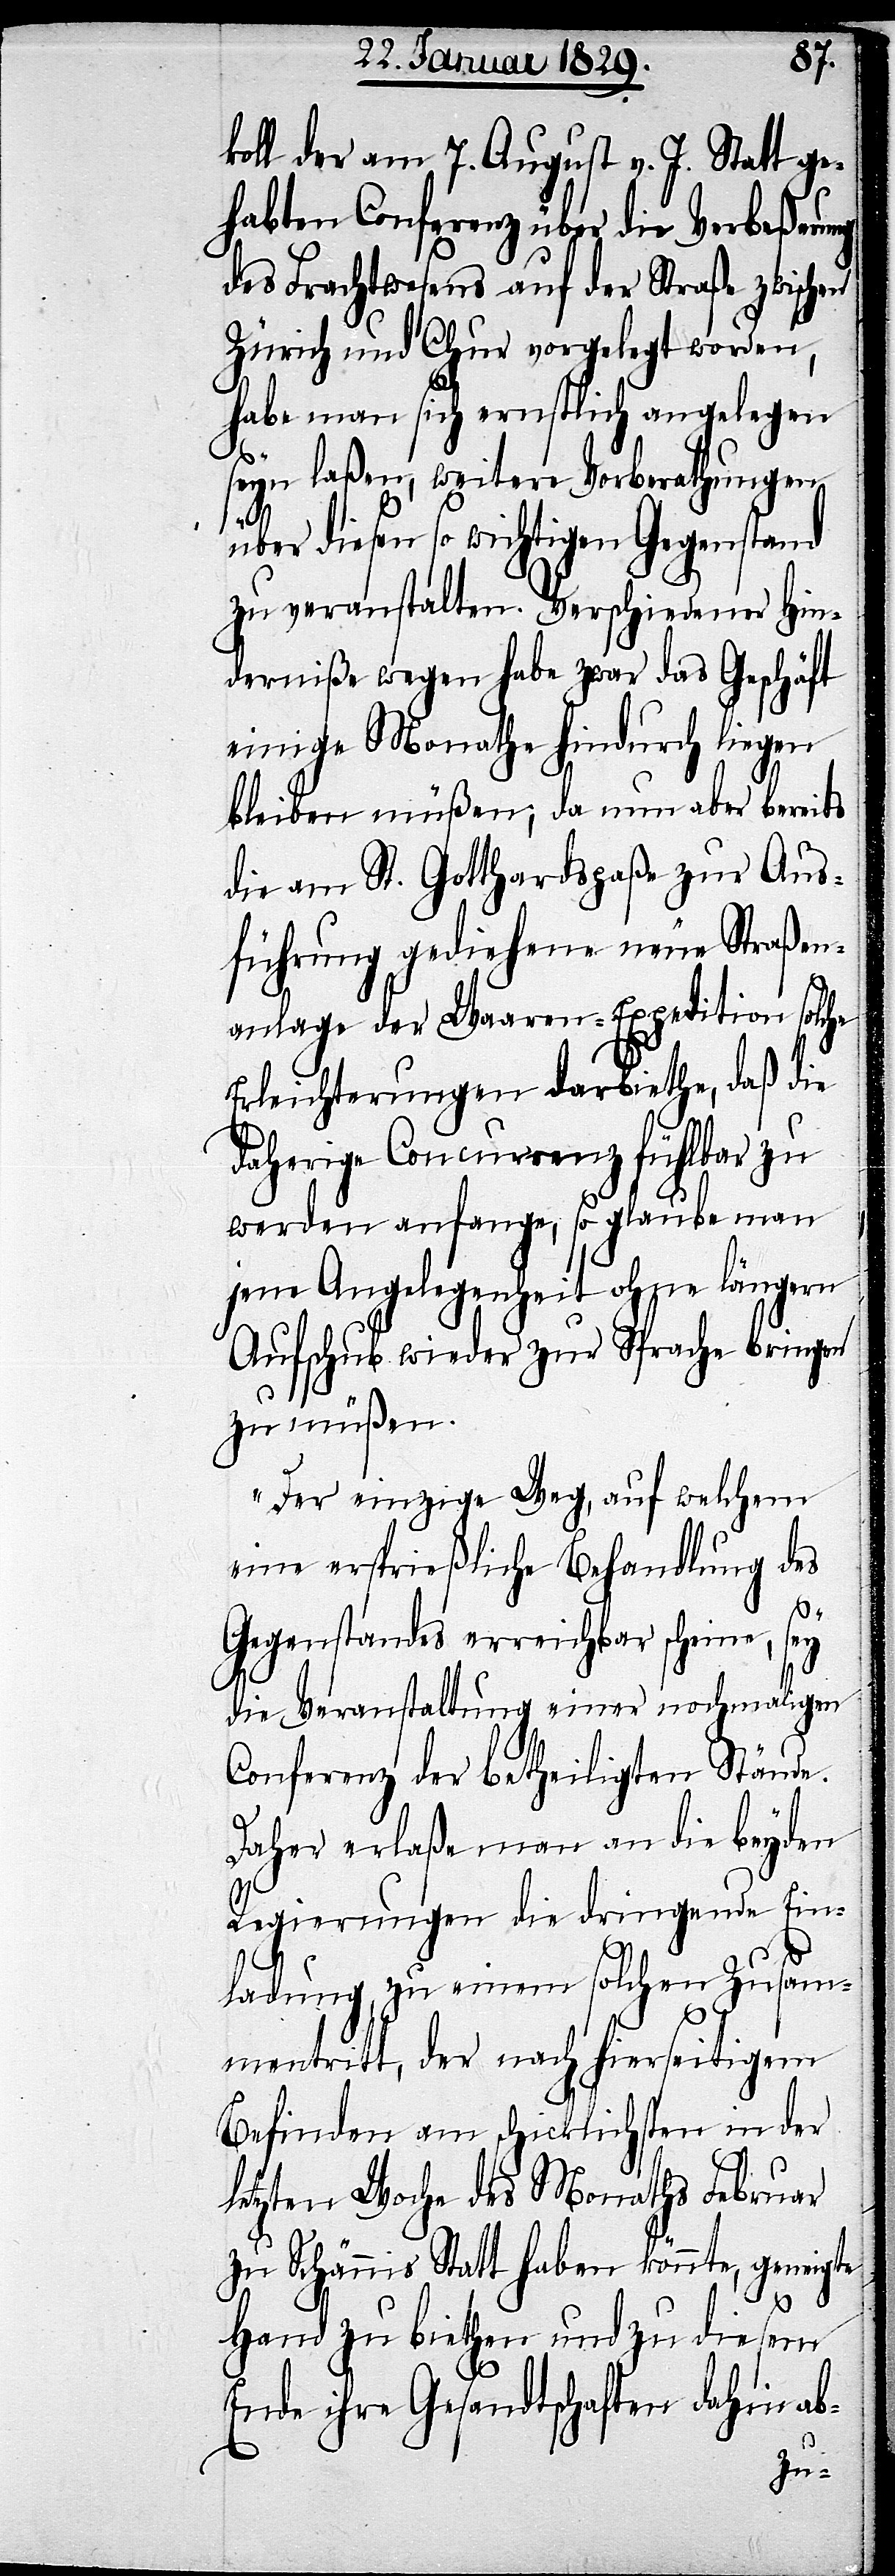
koll der am 7. August v. J. Statt ge¬
habten Conferenz über die Verbeßerung
des Frachtwesens auf der Straße zwischen
Zürich und Chur vorgelegt worden,
habe man sich ernstlich angelegen
seyn laßen, weitere Vorberathungen
diesen so wichtigen Gegenstand
zu veranstalten. Verschiedener Hin¬
derniße wegen habe zwar das Geschäft
einige Monathe hindurch liegen
bleiben müßen; da nun aber bereits
die am St. Gotthardspaße zur Aus¬
führung gediehene neue Straßen¬
anlage der Waaren-Expedition solche
Erleichterungen darbiethe, daß die
daherige Concurrenz fühlbar zu
werden anfange, so glaube man
jene Angelegenheit ohne längern
Aufschub wieder zur Sprache bringen
zu müßen.
Der einzige Weg, auf welchem
eine ersprießliche Behandlung des
Gegenstandes erreichbar scheine, sey
die Veranstaltung einer nochmahligen
Conferenz der betheiligten Stände.
Daher erlaße man an die beyden
Regierungen die dringende Ein¬
ladung, zu einem solchen Zusam¬
mentritt, der nach hierseitigem
Befinden am schicklisten in der
letzten Woche des Monaths Februar
zu Schännis Statt haben könnte, geneigte
Hand zu biethen und zu diesem
Ende ihre Gesandtschaften dahin ab-